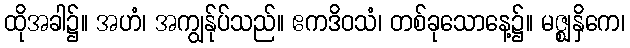
ထိုအခါ၌။ အဟံ၊ အကျွန်ုပ်သည်။ ဧကဒိဝသံ၊ တစ်ခုသောနေ့၌။ မဇ္ဈနှိကေ၊